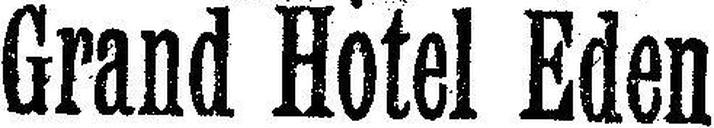
Grand Hotel Eden